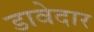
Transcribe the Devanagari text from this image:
डावेदार